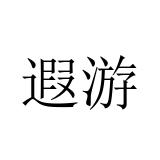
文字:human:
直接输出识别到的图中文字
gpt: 遐游